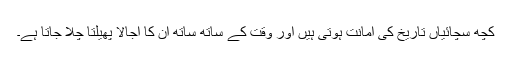
کچھ سچائیاں تاریخ کی امانت ہوتی ہیں اور وقت کے ساتھ ساتھ ان کا اجالا پھیلتا چلا جاتا ہے۔